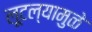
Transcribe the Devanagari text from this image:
लूटल्यामुळे